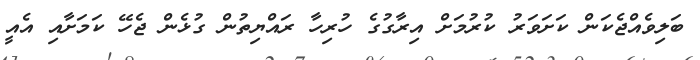
ބަލިވެއްޖެކަން ކަށަވަރު ކުރުމަށް އިރާގުގެ ހުރިހާ ރައްޔިތުން ގުޅެން ޖެހޭ ކަމަށާއި އެއީ